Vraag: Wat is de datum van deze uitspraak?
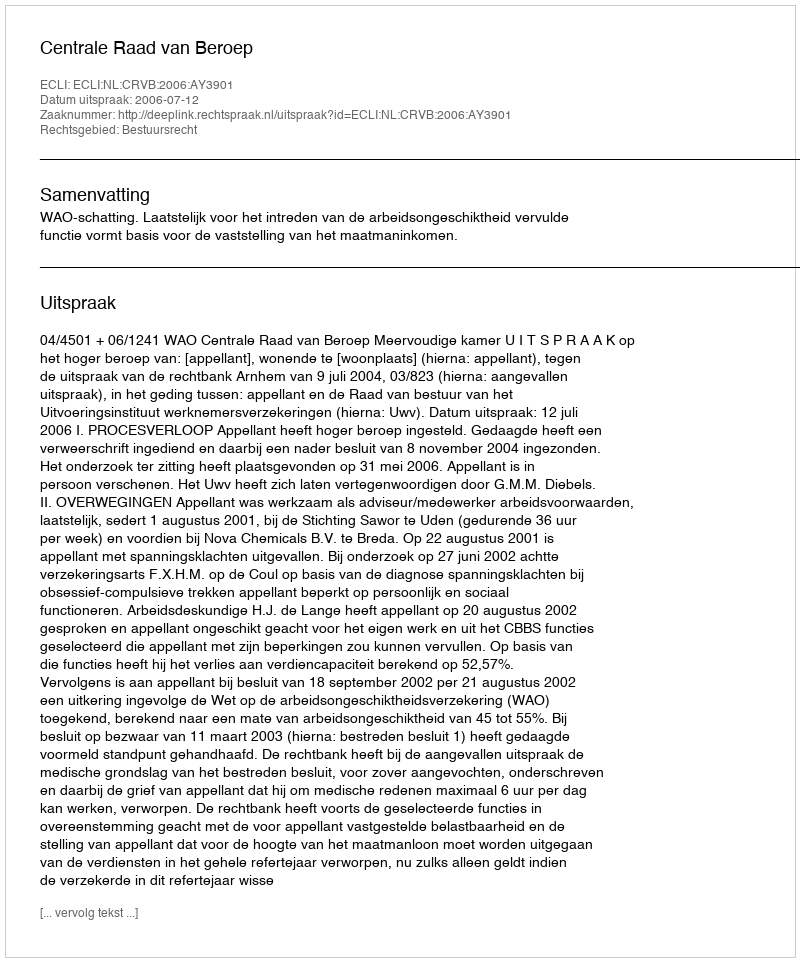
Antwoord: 2006-07-12